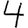
Digit: 4